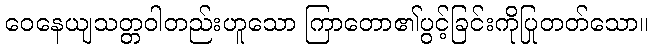
ဝေနေယျသတ္တဝါတည်းဟူသော ကြာတော၏ပွင့်ခြင်းကိုပြုတတ်သော။